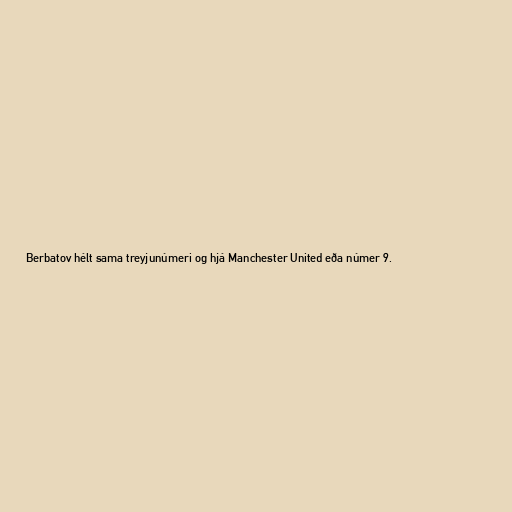
Berbatov hélt sama treyjunúmeri og hjá Manchester United eða númer 9.